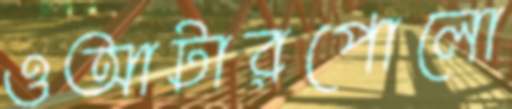
ওআটারপোলো